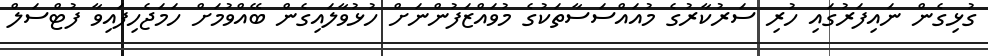
ގުޅިގެން ނައިފަރުގައި ހުރި ސަރުކާރުގެ މުއައްސަސާތަކުގެ މުވައްޒަފުންނަށް ހުޅުވާލައިގެން ބޭއްވުމަށް ހަމަޖެހިފައިވާ ފުޓްސަލް